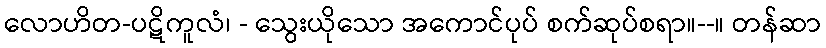
လောဟိတ-ပဋိကူလံ၊ - သွေးယိုသော အကောင်ပုပ် စက်ဆုပ်စရာ။--။ တန်ဆာ